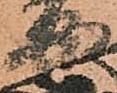
安